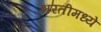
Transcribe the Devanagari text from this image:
भरतीमध्ये